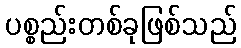
ပစ္စည်းတစ်ခုဖြစ်သည်